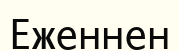
Еженнен